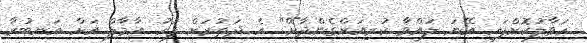
ހަވާލުކޮށްފައި އޭނަ ލައްވާ ކުރިއަށްގެންދާށޭ" އެ ދަތުރަށް ފަހު އާމާލް އަށް އަނބުރާ